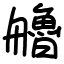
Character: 艪